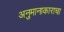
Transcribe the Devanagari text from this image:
अनुमानाकाराचा